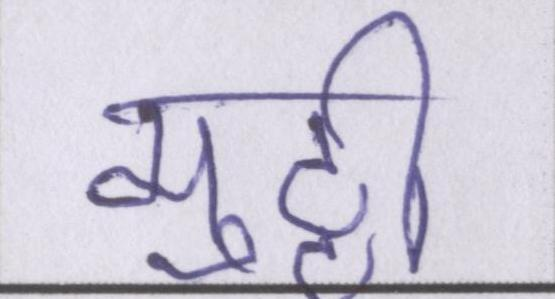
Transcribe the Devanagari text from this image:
मुठ्ठी